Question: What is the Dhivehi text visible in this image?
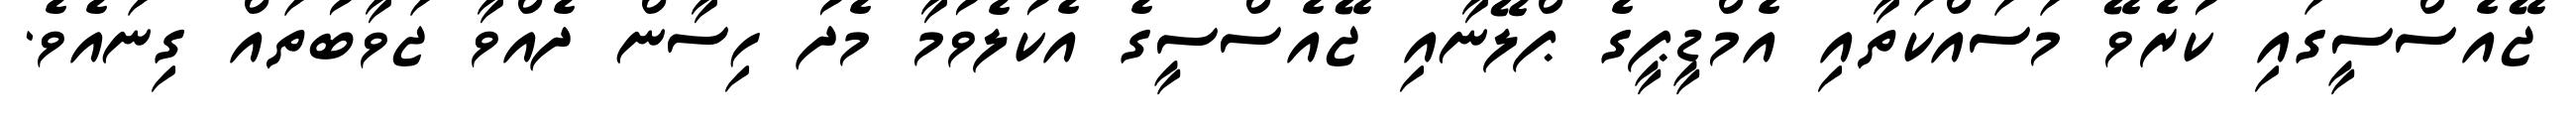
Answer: ޖޭއެސްސީގައި ކުރެވޭ މަސައްކަތާއި އެމްޑީޕީގެ ޕްލޭނާއި ޖޭއެސްސީގެ އެކުލެވުމާ މެދު ހިސާން ދެއްވާ ޖަވާބުތައް ގިނައެވެ.